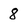
Character: 8